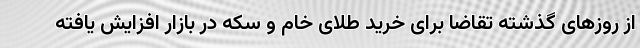
از روزهای گذشته تقاضا برای خرید طلای خام و سکه در بازار افزایش یافته